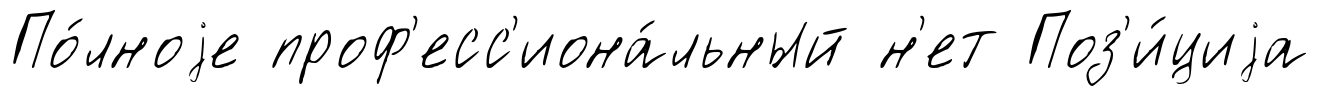
По́лноjе проф'есс'иона́льный н'ет Поз'и́циjа